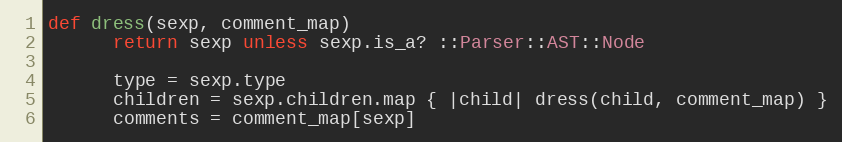
Language: Ruby
def dress(sexp, comment_map)
      return sexp unless sexp.is_a? ::Parser::AST::Node

      type = sexp.type
      children = sexp.children.map { |child| dress(child, comment_map) }
      comments = comment_map[sexp]